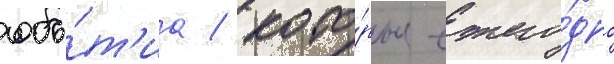
собы́т'иа / кото́рые ежего́дно